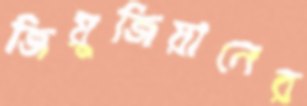
জিয়ুজিয়ানের